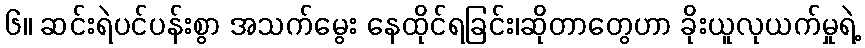
၆။ ဆင်းရဲပင်ပန်းစွာ အသက်မွေး နေထိုင်ရခြင်း၊ဆိုတာတွေဟာ ခိုးယူလုယက်မှုရဲ့